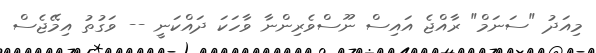
މިއަދު "ސަނަމް" ރާއްޖެ އައިސް ނޫސްވެރިންނާ ވާހަކަ ދައްކަނީ -- ވަގުތު އިމޭޖެސް